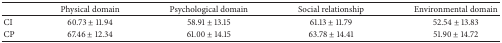
<table><thead><tr><td><b> </b></td><td><b>Physical domain</b></td><td><b>Psychological domain</b></td><td><b>Social relationship</b></td><td><b>Environmental domain</b></td></tr></thead><tbody><tr><td>CI</td><td>60.73 ± 11.94</td><td>58.91 ± 13.15</td><td>61.13 ± 11.79</td><td>52.54 ± 13.83</td></tr><tr><td>CP</td><td>67.46 ± 12.34</td><td>61.00 ± 14.15</td><td>63.78 ± 14.41</td><td>51.90 ± 14.72</td></tr></tbody></table>